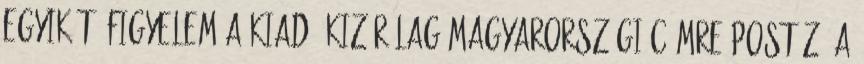
egyikét. Figyelem A kiadó kizárólag magyarországi címre postáz. A